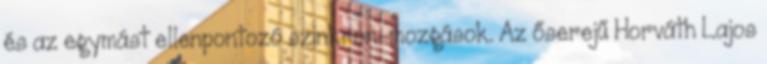
és az egymást ellenpontozó szinkron-mozgások. Az őserejű Horváth Lajos